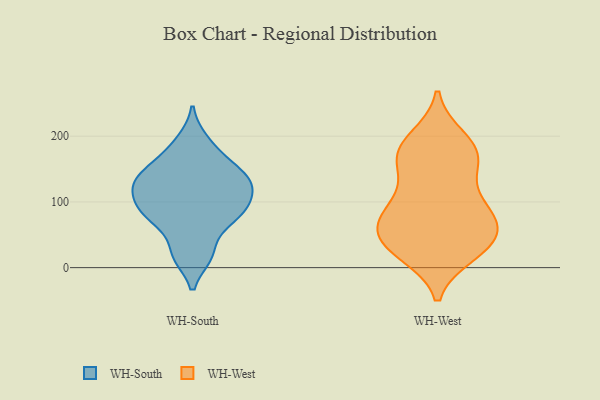
{"axis": {"x": "Waste Production (Tons)", "y": "Value"}, "legend": ["WH-South", "WH-West"], "data": [{"x": "", "y": 63, "type": "WH-South"}, {"x": "", "y": 102, "type": "WH-South"}, {"x": "", "y": 130, "type": "WH-South"}, {"x": "", "y": 136, "type": "WH-South"}, {"x": "", "y": 155, "type": "WH-South"}, {"x": "", "y": 107, "type": "WH-South"}, {"x": "", "y": 128, "type": "WH-South"}, {"x": "", "y": 132, "type": "WH-South"}, {"x": "", "y": 18, "type": "WH-South"}, {"x": "", "y": 168, "type": "WH-South"}, {"x": "", "y": 82, "type": "WH-South"}, {"x": "", "y": 78, "type": "WH-South"}, {"x": "", "y": 194, "type": "WH-South"}, {"x": "", "y": 89, "type": "WH-South"}, {"x": "", "y": 19, "type": "WH-South"}, {"x": "", "y": 175, "type": "WH-West"}, {"x": "", "y": 68, "type": "WH-West"}, {"x": "", "y": 42, "type": "WH-West"}, {"x": "", "y": 49, "type": "WH-West"}, {"x": "", "y": 174, "type": "WH-West"}, {"x": "", "y": 99, "type": "WH-West"}, {"x": "", "y": 21, "type": "WH-West"}, {"x": "", "y": 47, "type": "WH-West"}, {"x": "", "y": 45, "type": "WH-West"}, {"x": "", "y": 155, "type": "WH-West"}, {"x": "", "y": 23, "type": "WH-West"}, {"x": "", "y": 81, "type": "WH-West"}, {"x": "", "y": 82, "type": "WH-West"}, {"x": "", "y": 26, "type": "WH-West"}, {"x": "", "y": 197, "type": "WH-West"}, {"x": "", "y": 82, "type": "WH-West"}, {"x": "", "y": 168, "type": "WH-West"}, {"x": "", "y": 192, "type": "WH-West"}, {"x": "", "y": 102, "type": "WH-West"}, {"x": "", "y": 149, "type": "WH-West"}]}